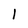
Character: l